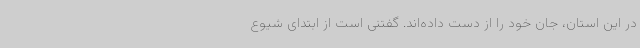
در این استان، جان خود را از دست داده‌اند. گفتنی است از ابتدای شیوع